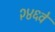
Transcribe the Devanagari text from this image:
२४६वे